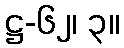
ဋ္ဌ-၆၂၊ ၃။